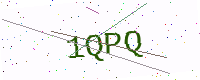
Text: 1QPQ